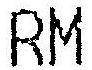
RM